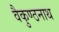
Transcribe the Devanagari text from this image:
वैकुण्ठनाथ